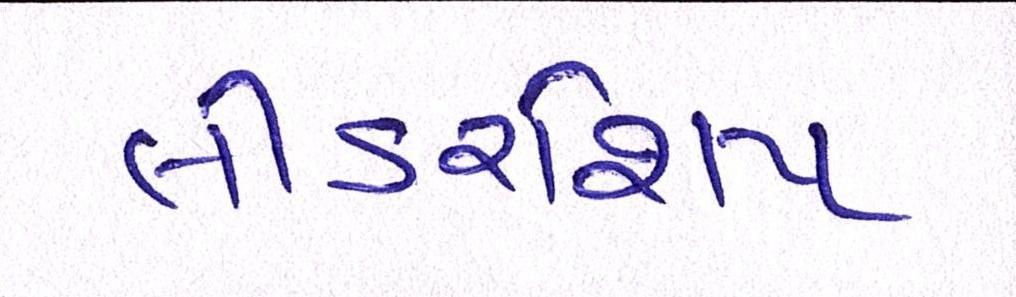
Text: લીડરશિપ